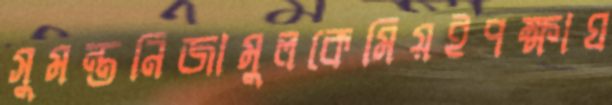
সুমন্তনিজামুলকেমিয়ইপক্ষাঘ